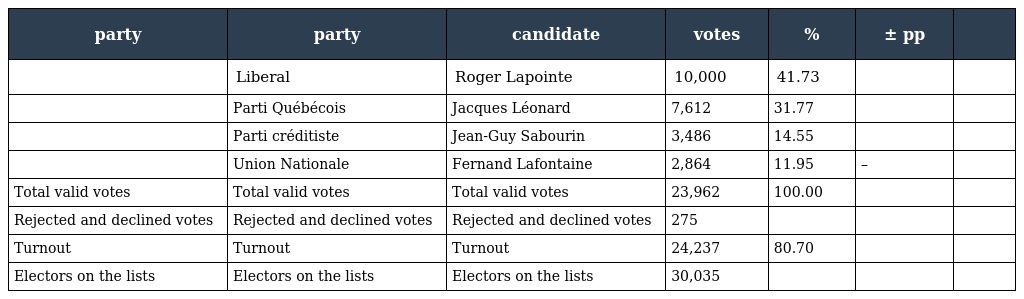
| party | party | candidate | votes | % | ± pp |  |
 | --- | --- | --- | --- | --- | --- | --- |
 |  | Liberal | Roger Lapointe | 10,000 | 41.73 |  |  |
 |  | Parti Québécois | Jacques Léonard | 7,612 | 31.77 |  |  |
 |  | Parti créditiste | Jean-Guy Sabourin | 3,486 | 14.55 |  |  |
 |  | Union Nationale | Fernand Lafontaine | 2,864 | 11.95 | – |  |
 | Total valid votes | Total valid votes | Total valid votes | 23,962 | 100.00 |  |  |
 | Rejected and declined votes | Rejected and declined votes | Rejected and declined votes | 275 |  |  |  |
 | Turnout | Turnout | Turnout | 24,237 | 80.70 |  |  |
 | Electors on the lists | Electors on the lists | Electors on the lists | 30,035 |  |  |  |